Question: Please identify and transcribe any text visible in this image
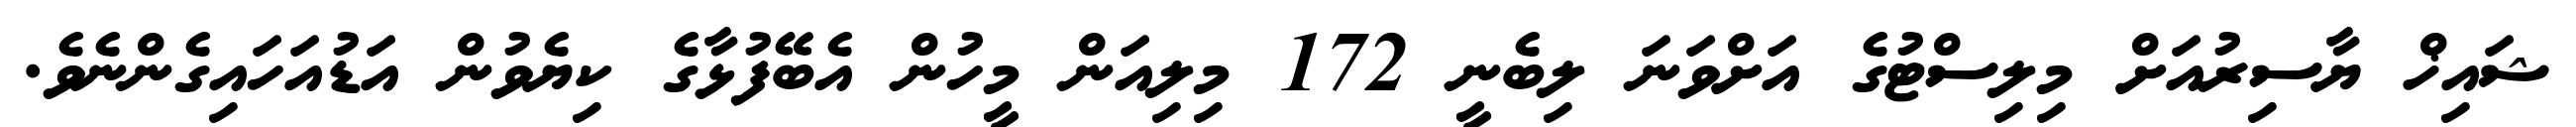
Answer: ޝައިޚް ޔާސިރުއަށް މިލިސްޓުގެ އަށްވަނަ ލިބެނީ 172 މިލިއަން މީހުން އެބޭފުޅާގެ ކިޔެވުން އަޑުއަހައިގެންނެވެ.